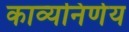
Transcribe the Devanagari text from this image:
काव्यनिर्णय